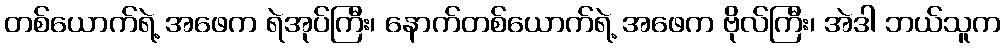
တစ်ယောက်ရဲ့ အဖေက ရဲအုပ်ကြီး၊ နောက်တစ်ယောက်ရဲ့ အဖေက ဗိုလ်ကြီး၊ အဲဒါ ဘယ်သူက